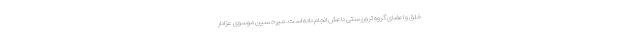
خلق و اعضای گروه تروریستی داعش انجام داده است. میرحسین موسوی عزادار